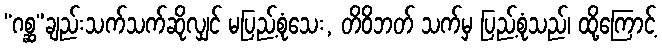
“ဂစ္ဆ”ချည်းသက်သက်ဆိုလျှင် မပြည့်စုံသေး, တိဝိဘတ် သက်မှ ပြည့်စုံသည်၊ ထို့ကြောင့်